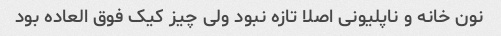
نون خانه و ناپلیونی اصلا تازه نبود ولی چیز کیک فوق العاده بود